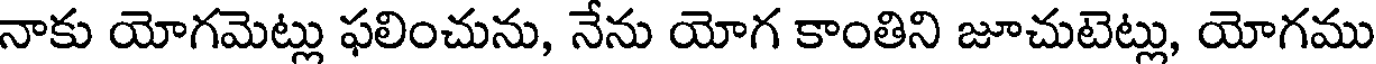
నాకు యోగమెట్లు ఫలించును, నేను యోగ కాంతిని జూచుటెట్లు, యోగము